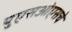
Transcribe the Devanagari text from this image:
युएसओएसचे